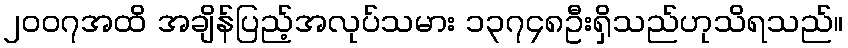
၂၀၀၇အထိ အချိန်ပြည့်အလုပ်သမား ၁၃၇၄၈ဦးရှိသည်ဟုသိရသည်။